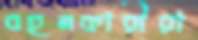
বহনকারীরা